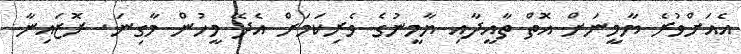
އެއަށްވުރެ ޔާމީނަށް އޮތް ތާއީދާއި ޔާމީނުގެ ވެރިކަމަށް އެދޭ މީހުން މާގިނަ. ރޮޒައިނާ